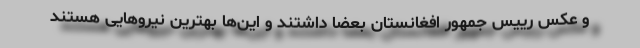
و عکس رییس جمهور افغانستان بعضاً داشتند و این‌ها بهترین نیروهایی هستند